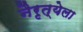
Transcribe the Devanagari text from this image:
नैरृत्येला